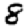
Digit: 8